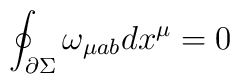
\oint_{\partial\Sigma}\omega_{\mu ab}dx^{\mu}=0